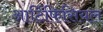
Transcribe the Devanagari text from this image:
आर्टिफिसियल